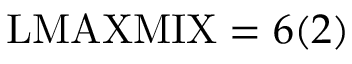
\mathrm { L M A X M I X } = 6 ( 2 )